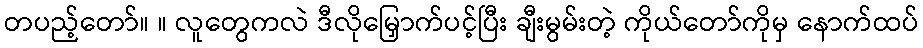
တပည့်တော်။ ။ လူတွေကလဲ ဒီလိုမြှောက်ပင့်ပြီး ချီးမွမ်းတဲ့ ကိုယ်တော်ကိုမှ နောက်ထပ်